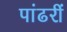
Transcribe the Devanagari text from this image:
पांढरीं